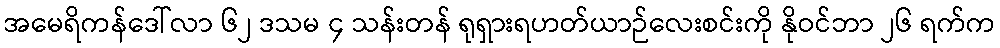
အမေရိကန်ဒေါ်လာ ၆၂ ဒသမ ၄ သန်းတန် ရုရှားရဟတ်ယာဉ်လေးစင်းကို နိုဝင်ဘာ ၂၆ ရက်က